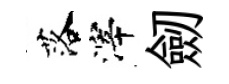
落滓劒